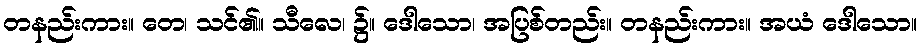
တနည်းကား။ တေ၊ သင်၏။ သီလေ၊ ၌။ ဒေါသော၊ အပြစ်တည်း။ တနည်းကား။ အယံ ဒေါသော။